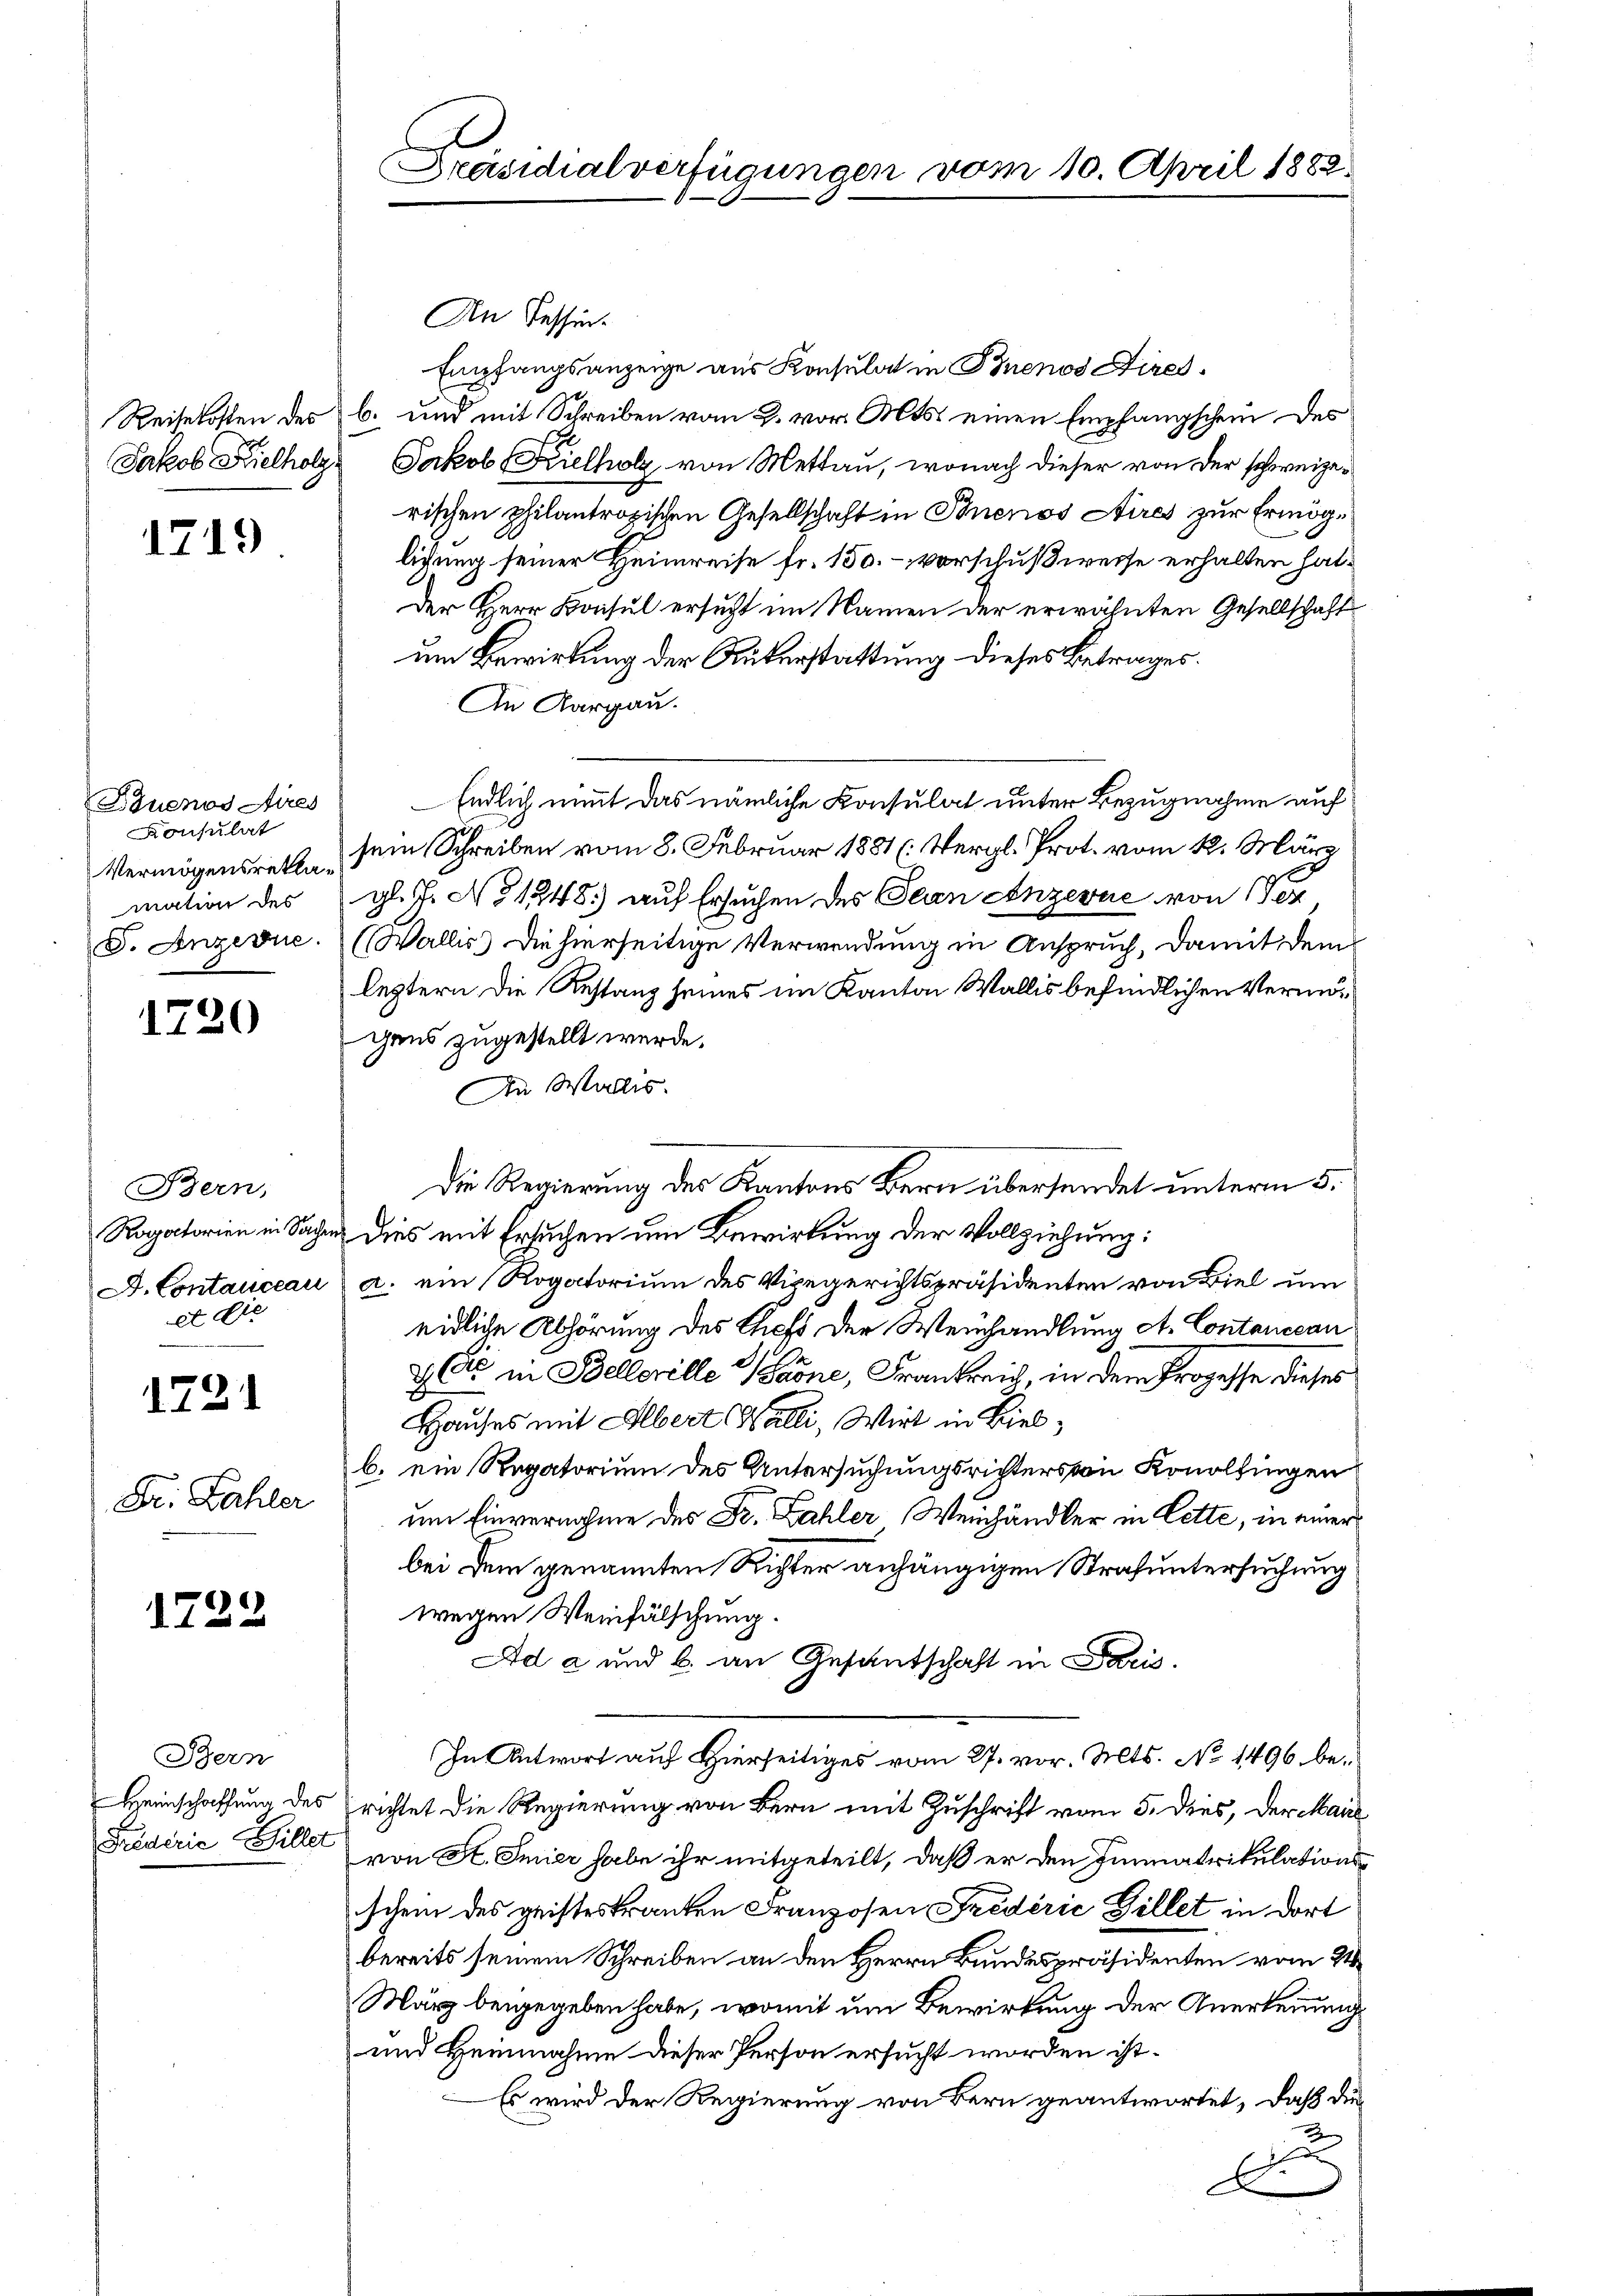
Jakob Fielholz.

1719

Buenos Aires
Konsulat
Vermögensrekla
mation des
J. Anzerne.

1720

Bern,
Rogoctorien in Sachen
D. Contanceau
et die

1721

Dr. Zahler

1722

Bern
Heimschaffung des
Päderie Willet

Präsidialverfügungen vom 10. April 1882

An Tessin.
Empfangsanzeige aus Konsulat in Buenos Aires.
Reisekosten des b. und mit Schreiben vom 2. vor. Mts. einen Empfangschein des
Jakob Kielholz von Mettau, wonach dieser von der schweizerischen philantropischen Gesellschaft in Buenos Aires zur Ermögligung seiner Heimreise fr. 150. - Vorschußweise erhalten hat.
Der Herr Konsul ersucht im Namen der erwähnten Gesellschaft
um Bewirkung der Rükerstattung dieses Betrages.
An Aargau.
 Endlich nimmt das nämliche Konsulat unter Bezugnahme auf
sein Schreiben vom 8. Februar 1881 (Vergl. Prot. vom 12. März
gl. J. No 1248) auf Ersuchen des Dein Anzević von 1
(Wallis) die hierseitige Verwendung in Anspruch, damit dem
leztern die Restanz seines im Kanton Wallis befindlichen Vermögens zugestellt werde,
An Wallis.
Die Regierung des Kantons Bern übersendet unterm 5.
dies mit Ersuchen um Bewirkung der Vollziehung:
a. ein Rogatorium des Vizegerichtspräsidenten von Biel um
eidliche Abhörung des Cliefs der Weinhandlung At. Contancean
2 C in Bellarille Paone, Frankreich, in dem Prozesse dieses
Hauses mit Albert (Kalli, Wirt in Biel,
b. ein Regatorium des Untersuchungsrichters von Konollingen
um Einvernahme des Fr. Zahler Weinhändler in Lette, in einer
bei dem genannten Richter anhängigen Strafuntersuchung
wegen Weinfälschung.
Ad a und b. an Gesantschaft in Paris.
In Antwort auf Hierseitiges vom 27. vor. Mts. No 1496. berichtet die Regierung von Bern mit Zuschrift vom 5. dies, der Mai
von St. Smier habe ihr mitgeteilt, daß er den Immatrikulationsschem des geistes tranken Franzosen Fredérić Gillet in dort
bereits seinem Schreiben an den Herrn Bundespräsidenten vom 24
März beigegeben habe, womit um Bewirkung der Anerkennung
und Heinnahme dieser Person ersucht worden ist.
Es wird der Regierung von Bern geantwortet, daß die
e
A
|